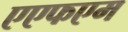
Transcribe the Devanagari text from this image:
एएफएम